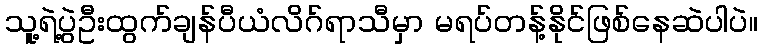
သူ့ရဲ့ပွဲဦးထွက်ချန်ပီယံလိဂ်ရာသီမှာ မရပ်တန့်နိုင်ဖြစ်နေဆဲပါပဲ။